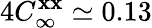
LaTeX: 4C_{\infty}^{\mathbf{x}\mathbf{x}}\simeq0.13